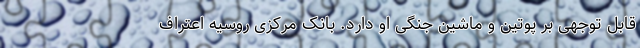
قابل توجهی بر پوتین و ماشین جنگی او دارد. بانک مرکزی روسیه اعتراف